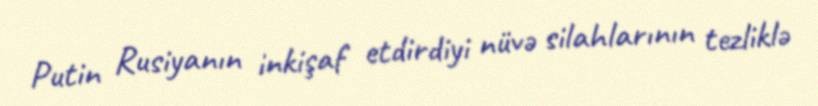
Putin Rusiyanın inkişaf etdirdiyi nüvə silahlarının tezliklə